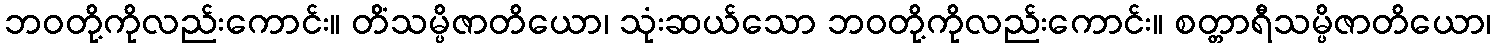
ဘဝတို့ကိုလည်းကောင်း။ တိံသမ္ပိဇာတိယော၊ သုံးဆယ်သော ဘဝတို့ကိုလည်းကောင်း။ စတ္တာရီသမ္ပိဇာတိယော၊